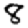
Digit: 8